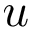
u